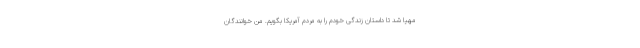
مهیا شد تا داستان زندگی خودم را به مردم آمریکا بگویم. من خوانندگان